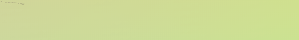
مركز لغة العربية الحديثة: